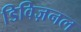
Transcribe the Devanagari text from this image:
डिविज़नल